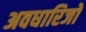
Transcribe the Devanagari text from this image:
अवधारिजो